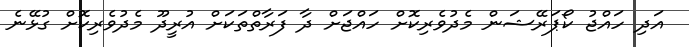
އަދި ހައްޖު ކޯޕަރޭޝަން މެދުވެރިކޮށް ހައްޖަށް ދާ ފަރާތްތަކަށް އުރީދޫ މެދުވެރިކޮށް ގުޅޭނެ